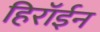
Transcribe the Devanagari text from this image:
हिरॉईन